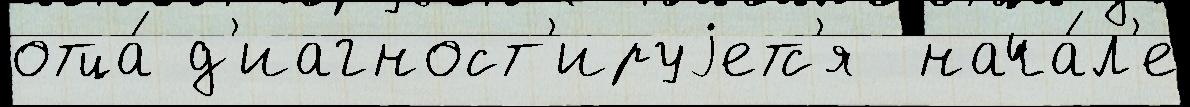
отца́ д'иагност'ируjетс'я  нача́л'е